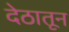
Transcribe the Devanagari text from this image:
देठातून